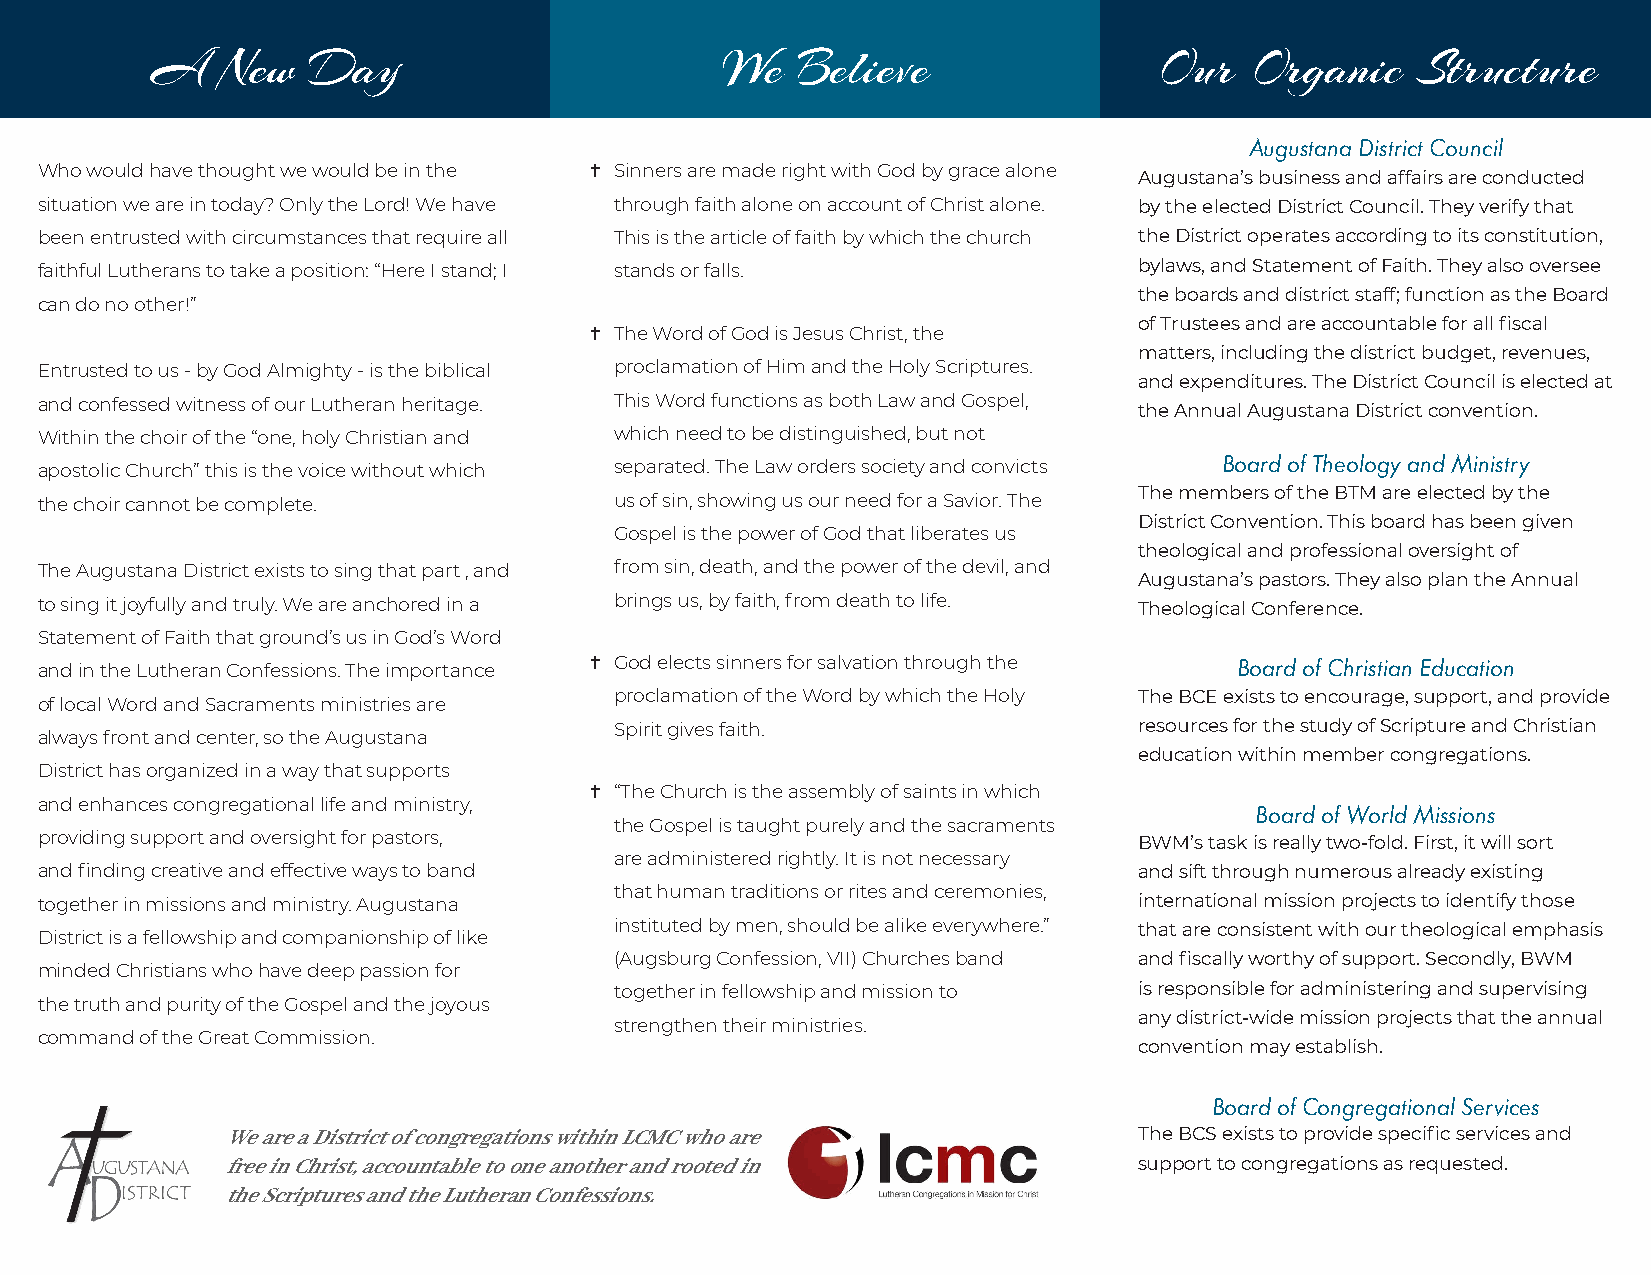
A   New   Day                         We   Believe                Our    Organic    Structure
 Augustana District Council
 Who would have thought we would be in the g Sinners are made right with God by grace alone
 Augustana’s business and affairs are conducted
 situation we are in today? Only the Lord! We have through faith alone on account of Christ alone. by the elected District Council. They verify that
 been entrusted with circumstances that require all This is the article of faith by which the church the District operates according to its constitution,
 faithful Lutherans to take a position: “Here I stand; I stands or falls. bylaws, and Statement of Faith. They also oversee
 the boards and district staff; function as the Board
 can do no other!”
 of Trustees and are accountable for all fiscal
 g The Word of God is Jesus Christ, the
 matters, including the district budget, revenues,
 Entrusted to us - by God Almighty - is the biblical proclamation of Him and the Holy Scriptures.
 and expenditures. The District Council is elected at
 and confessed witness of our Lutheran heritage. This Word functions as both Law and Gospel,
 the Annual Augustana District convention.
 Within the choir of the “one, holy Christian and which need to be distinguished, but not
 apostolic Church” this is the voice without which separated. The Law orders society and convicts Board of Theology and Ministry
 The members of the BTM are elected by the
 the choir cannot be complete.          us of sin, showing us our need for a Savior. The
 District Convention. This board has been given
 Gospel is the power of God that liberates us
 theological and professional oversight of
 The Augustana District exists to sing that part , and from sin, death, and the power of the devil, and
 Augustana’s pastors. They also plan the Annual
 to sing it joyfully and truly. We are anchored in a brings us, by faith, from death to life. Theological Conference.
 Statement of Faith that ground’s us in God’s Word
 and in the Lutheran Confessions. The importance
 g God elects sinners for salvation through the Board of Christian Education
 proclamation of the Word by which the Holy The BCE exists to encourage, support, and provide
 of local Word and Sacraments ministries are
 Spirit gives faith.               resources for the study of Scripture and Christian
 always front and center, so the Augustana
 education within member congregations.
 District has organized in a way that supports
 g “The Church is the assembly of saints in which
 and enhances congregational life and ministry,
 Board of World Missions
 the Gospel is taught purely and the sacraments
 providing support and oversight for pastors,                             BWM’s task is really two-fold. First, it will sort
 are administered rightly. It is not necessary
 and finding creative and effective ways to band                          and sift through numerous already existing
 that human traditions or rites and ceremonies,
 together in missions and ministry. Augustana                             international mission projects to identify those
 instituted by men, should be alike everywhere.” that are consistent with our theological emphasis
 District is a fellowship and companionship of like
 (Augsburg Confession, VII) Churches band and fiscally worthy of support. Secondly, BWM
 minded Christians who have deep passion for
 together in fellowship and mission to is responsible for administering and supervising
 the truth and purity of the Gospel and the joyous
 any district-wide mission projects that the annual
 strengthen their ministries.
 command of the Great Commission.
 convention may establish.
 Board of Congregational Services
 We are a District of congregations within LCMC who are      The BCS exists to provide specific services and
 free in Christ, accountable to one another and rooted in    support to congregations as requested.
 the Scriptures and the Lutheran Confessions.